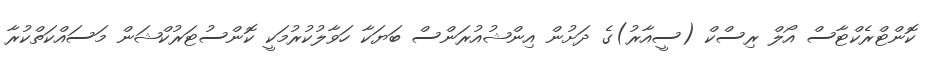
ކޮންޓްރެކްޓާސް އޯލް ރިސްކް (ސީއާރު)ގެ ދަށުން އިންޝުއުރަންސް ބަޔަކާ ހަވާލުކުރުމަކީ ކޮންސުޓަރުކްޝަން މަސައްކަތްކުރާ